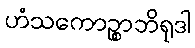
ဟံသကောဉ္စာဘိရုဒါ